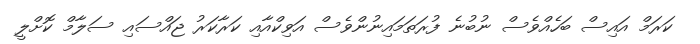
ކަރަމް އައިސް ބަހެއްވެސް ނުބުނެ ފުރަތަމައިނުންވެސް އަވިކްއާއި ކަރާކަރު ޖައްސައި ސަލާމް ކޮށްލީ